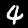
Digit: 4